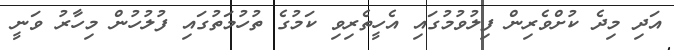
އަދި މިދެ ކުށްވެރިން ފިލުވުމުގައި އެހީތެރިވި ކަމުގެ ތުހުމަތުގައި ފުލުހުން މިހާރު ވަނީ